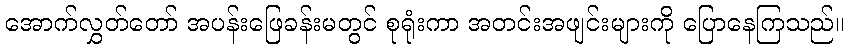
အောက်လွှတ်တော် အပန်းဖြေခန်းမတွင် စုရုံးကာ အတင်းအဖျင်းများကို ပြောနေကြသည်။